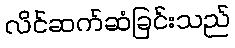
လိင်ဆက်ဆံခြင်းသည်